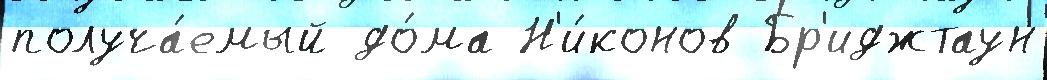
получа́емый до́ма Н'и́конов Бр'иджтаун